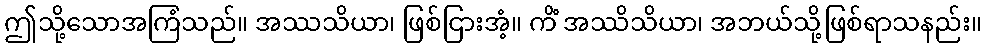
ဤသို့သောအကြံသည်။ အဿသိယာ၊ ဖြစ်ငြားအံ့။ ကိံ အဿိသိယာ၊ အဘယ်သို့ဖြစ်ရာသနည်း။